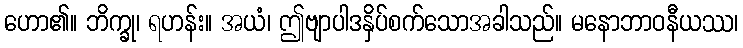
ဟော၏။ ဘိက္ခု၊ ရဟန်း။ အယံ၊ ဤဗျာပါဒနှိပ်စက်သောအခါသည်။ မနောဘာဝနီယဿ၊